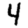
Digit: 4